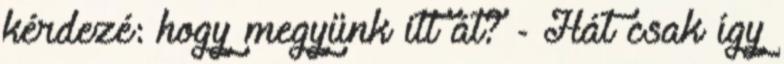
kérdezé: hogy megyünk itt át? - Hát csak így